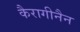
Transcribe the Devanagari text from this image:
कैरागीनैन